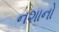
નશાનો